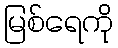
မြစ်ရေကို